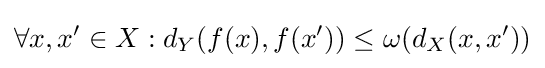
\forall x,x'\in X:d_{Y}(f(x),f(x'))\leq \omega (d_{X}(x,x'))